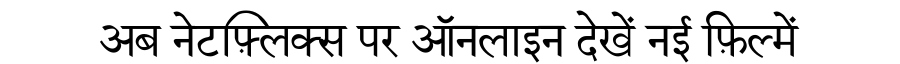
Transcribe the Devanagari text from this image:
अब नेटफ़्लिक्स पर ऑनलाइन देखें नई फ़िल्में